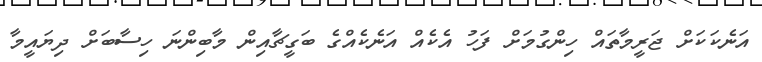
އަނެކަކަށް ޖަރީމާތައް ހިންގުމަށް ފަހު އެކެއް އަނެކެއްގެ ބަގީޗާއިން މާބިންނަ ހިސާބަށް ދިޔައީމާ